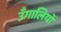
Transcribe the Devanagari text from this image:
उँगालियों